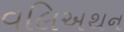
વલિઅથન